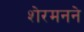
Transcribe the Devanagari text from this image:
शेरमनने